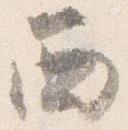
西